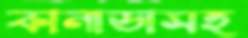
কানাডাসহ